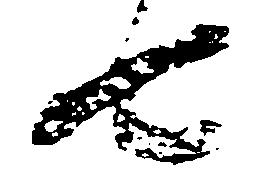
七